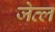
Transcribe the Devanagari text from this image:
जेव्ल